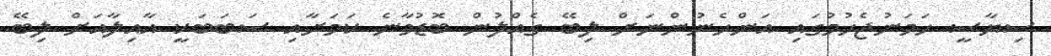
ސިޔާސީ ހަމަނުޖެހުމުގައި އަންހެނުންނަށް ލިބޭ ގެއްލުން ބޮޑުވާނެ ކަމަށާއި ސަބަބަކީ އާއިލާއަށް ލިބޭ